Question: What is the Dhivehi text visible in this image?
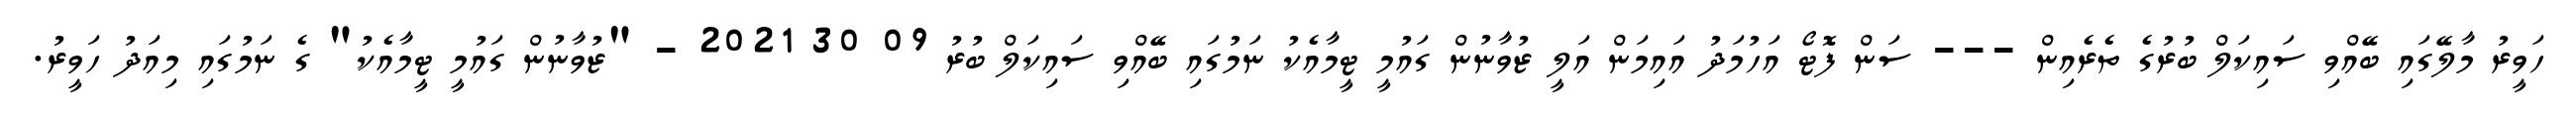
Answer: ހަވީރު މާލޭގައި ބޭއްވި ސައިކަލް ބުރުގެ ތެރެއިން --- ސަން ފޮޓޯ އަހުމަދު އައިމަން އަލީ ޒުވާނުން ގައުމީ ޓީމާއެކު ނަމުގައި ބޭއްވި ސައިކަލް ބުރު 09 30 2021 - "ޒުވާނުން ގައުމީ ޓީމާއެކު" ގެ ނަމުގައި މިއަދު ހަވީރު.